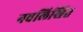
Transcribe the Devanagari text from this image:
नवलिखित